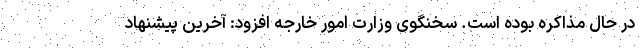
در حال مذاکره بوده است. سخنگوی وزارت امور خارجه افزود: آخرین پیشنهاد